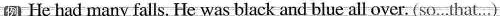
例 He had many falls. He was black and blue all over. (so…that…)